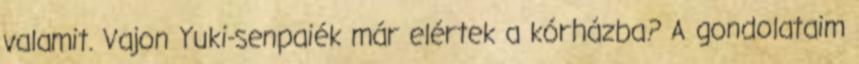
valamit. Vajon Yuki-senpaiék már elértek a kórházba? A gondolataim